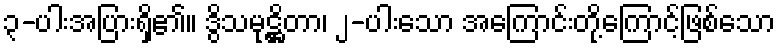
၃-ပါးအပြားရှိ၏။ ဒွိသမုဋ္ဌိတာ၊ ၂-ပါးသော အကြောင်းတို့ကြောင့်ဖြစ်သော